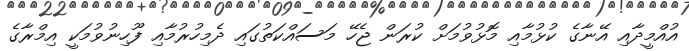
އުއްމީދާއި އޭނާގެ ކުޅުމާއި މޮޅުވުމަށް ކުރަން ޖެހޭ މަސައްކަތުގައި ދެމިހުރުމާއި ފޫހިނުވުމަކީ އިމްރާގެ